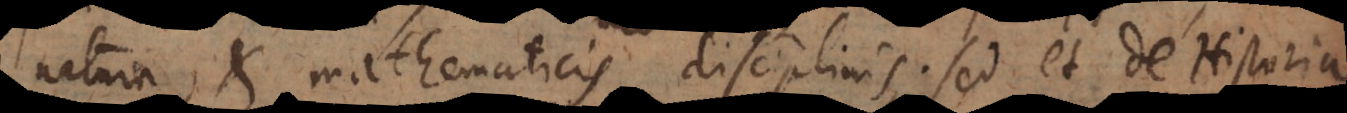
a, et mathematicis disciplinis, sed et de Historia